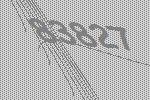
83827